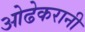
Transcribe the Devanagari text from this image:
ओढेकरानी